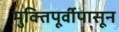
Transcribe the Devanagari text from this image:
मुक्तिपूर्वीपासून